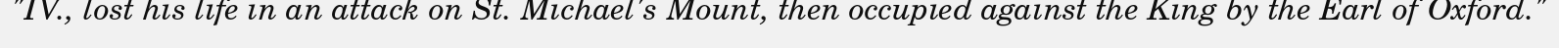
"IV., lost his life in an attack on St. Michael's Mount, then occupied against the King by the Earl of Oxford."